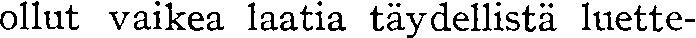
ollut vaikea laatia täydellistä luette-